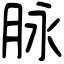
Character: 脉